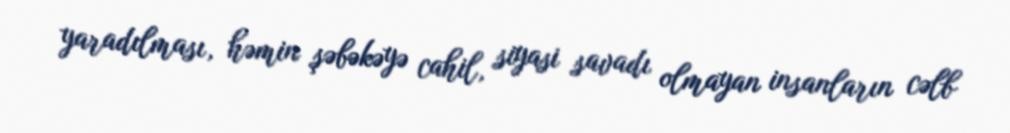
yaradılması, həmin şəbəkəyə cahil, siyasi savadı olmayan insanların cəlb